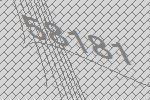
58181